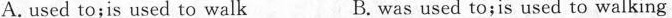
A. used to;is used to walk B. was used to;is used to walking